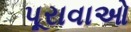
પૂરાવાઓ